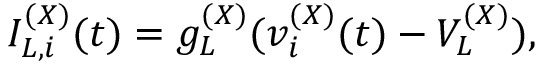
I _ { L , i } ^ { ( X ) } ( t ) = g _ { L } ^ { ( X ) } ( v _ { i } ^ { ( X ) } ( t ) - V _ { L } ^ { ( X ) } ) ,